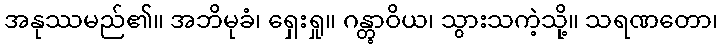
အနုဿမည်၏။ အဘိမုခံ၊ ရှေးရှု။ ဂန္တွာဝိယ၊ သွားသကဲ့သို့။ သရဏတော၊